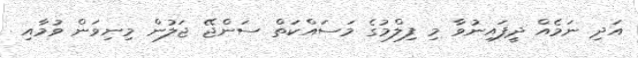
އަދި ނަމެއް ދީފައިނުވާ މި ފިލްމުގެ މަސައްކަތް ސަންޖޭ ޖަލުން މިނިވަން ވުމާއި